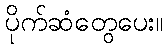
ပိုက်ဆံတွေပေး။